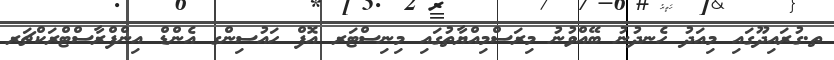
ތ.ގުރައިދޫގައި މިއަދު ހެނދުނު ބޭއްވުނު މިރަސްމިއްޔާތުގައި މިނިސްޓަރ އޮފް ހައުސިންގ އެންޑް އިންފްރާސްޓްރަކްޗަރ